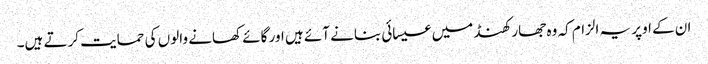
ان کے اوپر یہ الزام کہ وہ جھارکھنڈ میں عیسائی بنانے آئے ہیں اور گائے کھانے والوں کی حمایت کرتے ہیں۔